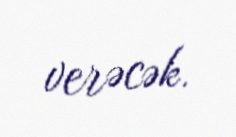
verəcək.